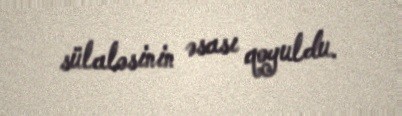
sülaləsinin əsası qoyuldu.